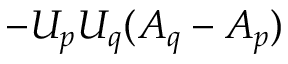
- U _ { p } U _ { q } ( A _ { q } - A _ { p } )